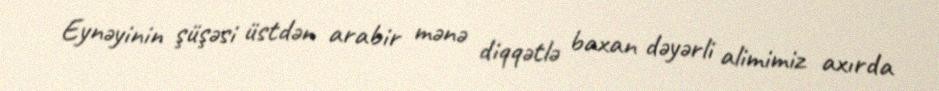
Eynəyinin şüşəsi üstdən arabir mənə diqqətlə baxan dəyərli alimimiz axırda